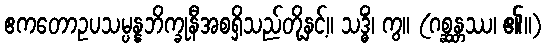
ဧကတောဥပသမ္ပန္နဘိက္ခုနီအစရှိသည်တို့နှင့်။ သဒ္ဓိံ၊ ကွ။ (ဂစ္ဆန္တဿ၊ ၏။)